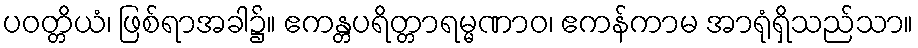
ပဝတ္တိယံ၊ ဖြစ်ရာအခါ၌။ ဧကန္တပရိတ္တာရမ္မဏာဝ၊ ဧကန်ကာမ အာရုံရှိသည်သာ။